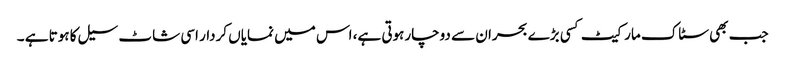
جب بھی سٹاک مارکیٹ کسی بڑے بحران سے دوچارہوتی ہے، اس میں نمایاں کردار اسی شاٹ سیل کا ہوتا ہے ۔